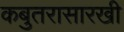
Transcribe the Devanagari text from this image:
कबुतरासारखी